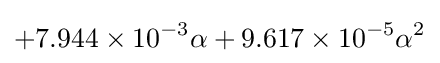
+7.944\times 10^{-3}\alpha +9.617\times 10^{-5}\alpha ^{2}